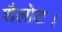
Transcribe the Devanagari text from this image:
शैलोट।